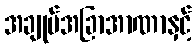
အချုပ်အခြာအာဏာနှင့်